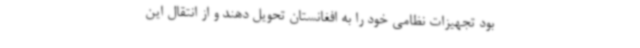
بود تجهیزات نظامی خود را به افغانستان تحویل دهند و از انتقال این